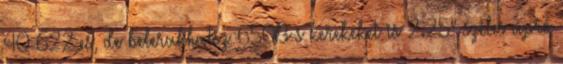
40-622-es, de belerakhatsz 650B-s kerekeket is 2.25” széles apró